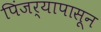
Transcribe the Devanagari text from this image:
पिंजर्‍यापासून